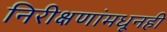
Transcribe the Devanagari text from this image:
निरीक्षणांमधूनही